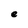
Character: e